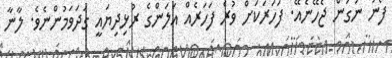
ފޯނު ނަގަން ޖެހޭނެއޭ. ފަހަރަކަށް ވުރެ ފަހަރެއް އަލަންގެ ރުޅިދިޔައީ ގަދަވަމުންނެވެ. ލާނާ